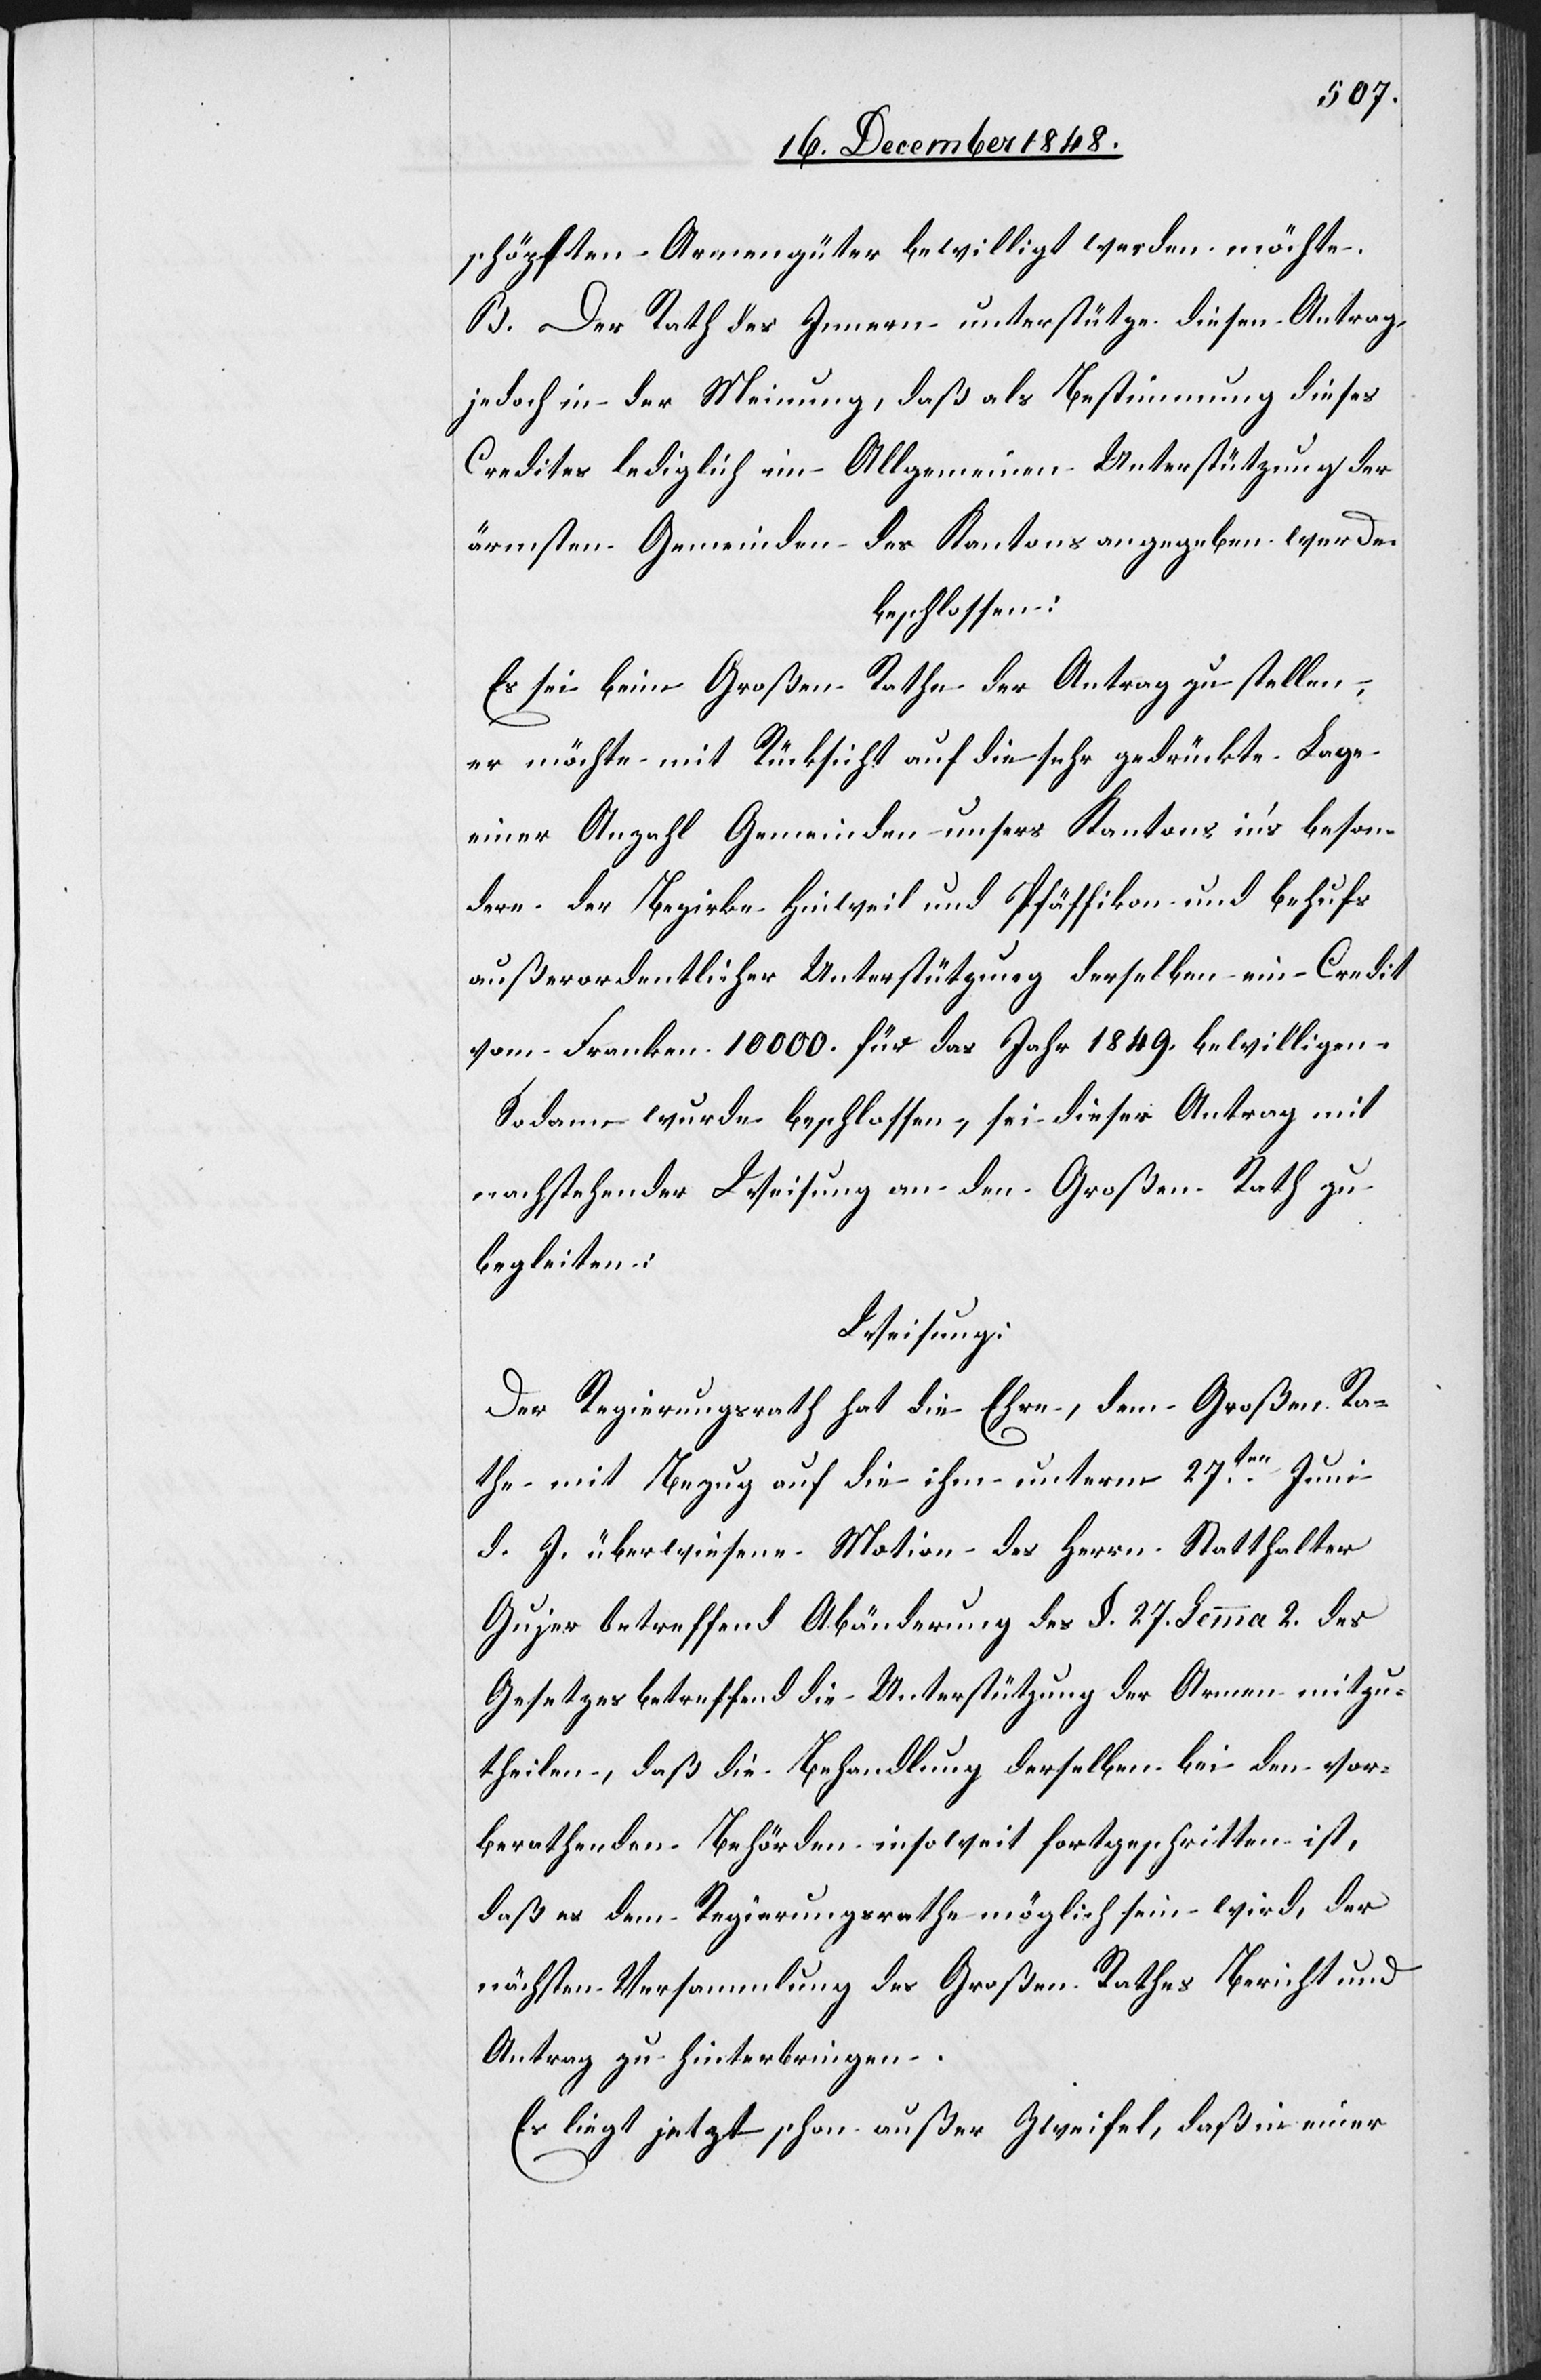
schöpften Armengüter bewilligt werden möchte.
B. Der Rath des Innern unterstütze diesen Antrag
jedoch in der Meinung, daß als Bestimmung dieses
Credites lediglich im Allgemeinen Unterstützung der
ärmsten Gemeinden des Kantons angegeben werde
beschlossen:
Es sei beim Großen Rathe der Antrag zu stellen,
er möchte mit Rücksicht auf die sehr gedrückte Lage
einer Anzahl Gemeinden unsers Kantons in’s beson¬
dere der Bezirke Hinweil und Pfäffikon und behufs
außerordentlicher Unterstützung derselben ein Credit
von Franken 10 000. für das Jahr 1849. bewilligen.
Sodann wurde beschlossen, sei dieser Antrag mit
nachstehender Weisung an den Großen Rath zu
begleiten:
Weisung:
Der Regierungsrath hat die Ehre, dem Großen Ra¬
the mit Bezug auf die ihm unterm 27ten Juni
d. J. überwiesene Motion des Herrn Statthalter
Gujer betreffend Abänderung des §. 27. Lemma 2. des
Gesetzes betreffend die Unterstützung der Armen mitzu¬
theilen, daß die Behandlung derselben bei den vor¬
berathenden Behörden insoweit fortgeschritten ist,
daß es dem Regierungsrathe möglich sein wird, der
nächsten Versammlung des Großen Rathes Bericht und
Antrag zu hinterbringen.
Es liegt jetzt schon außer Zweifel, daß in einer